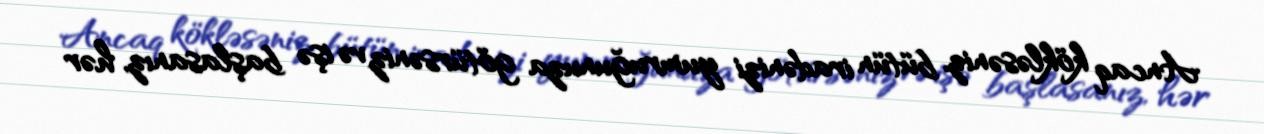
Ancaq kökləsəniz, bütün iradənizi yumruğunuza götürsəniz və işə başlasanız, hər